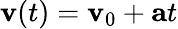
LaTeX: \mathbf{v}(t)=\mathbf{v}_{0}+\mathbf{a}t